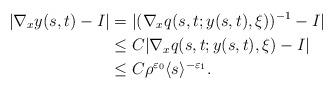
LaTeX: \begin{align*}|\nabla_x y(s,t)-I|&=|(\nabla_x q(s,t;y(s,t),\xi))^{-1}-I| \\&\leq C|\nabla_x q(s,t;y(s,t),\xi)-I| \\&\leq C\rho^{\varepsilon_0}\langle s\rangle^{-\varepsilon_1}.\end{align*}